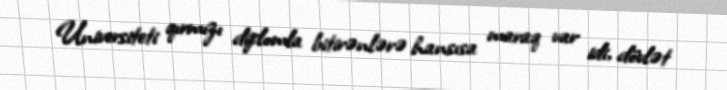
Universiteti qırmızı diplomla bitirənlərə hansısa maraq var idi, dövlət